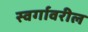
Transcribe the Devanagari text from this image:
स्वर्गावरील